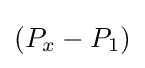
(P_{x}-P_{1})